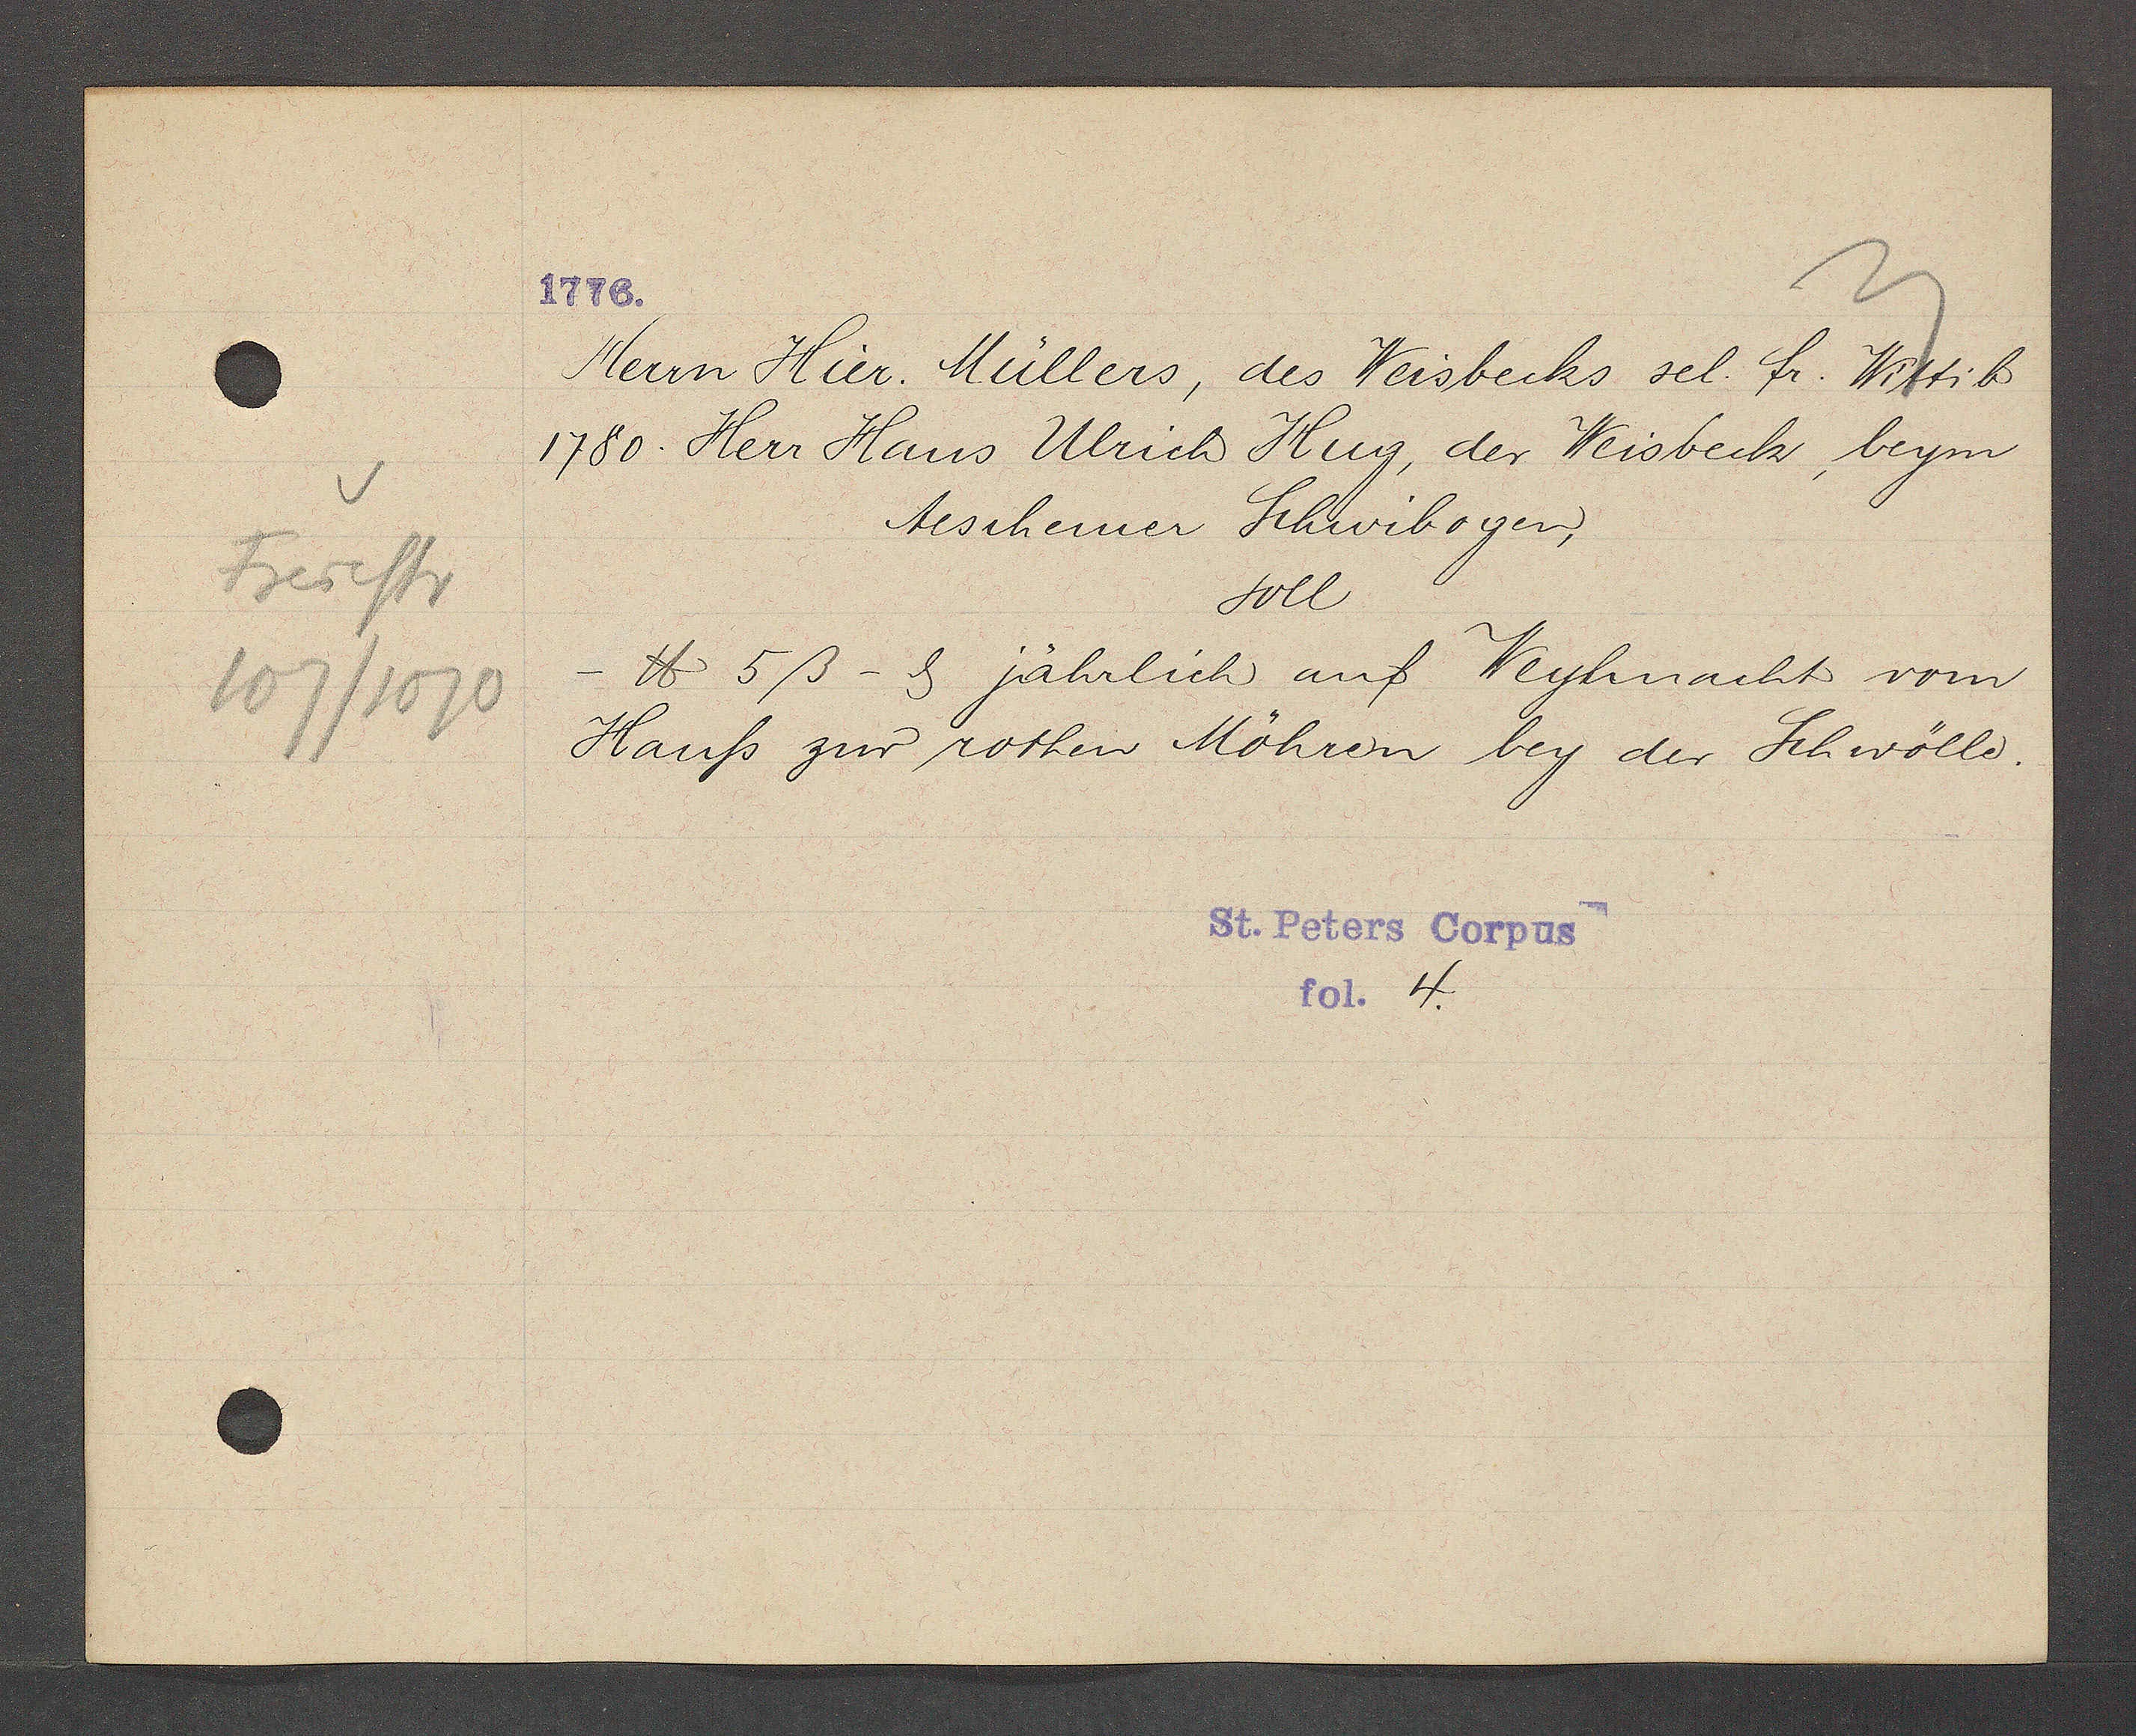
Transcript:
Freiestr
107/1070

1776.

Herrn Hier. Müllers, des Weisbecks sel. fr. Wittib
1780. Herr Hans Ulrich Hug, der Weisbeck, beym
Aeschemer Schwibogen,
soll
℔ 5ß - ȡ jährlich auf Weyhnacht vom
Hauß zur rothen Möhren bey der Schwölle.

St. Peters Corpus
fol. 4.